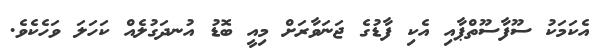
އެކަމަކު ސޫފާސޫތްޕާއި އެކި ފާޑުގެ ޖަނަވާރަށް މިއީ ބޮޑު އުނދަގުލެއް ކަހަލަ ވަހެކެވެ.